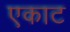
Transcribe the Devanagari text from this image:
एकाट